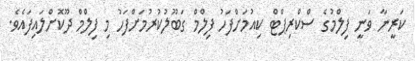
ކަރީނާ ވަނީ ފިލްމުގެ ސްކްރިޕްޓް ކިއުމަށްފަހު ފިލްމް ގަބޫލުކުރުމަށްފަހު މި ފިލްމް ދޫކޮށްލައިފައެވެ.